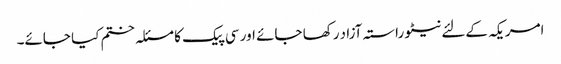
امریکہ کےلئے نیٹو راستہ آزاد رکھا جائے اور سی پیک کا مسئلہ ختم کیا جائے۔